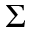
\boldsymbol { \Sigma }